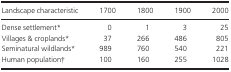
<table><thead><tr><td><b>Landscape characteristic</b></td><td><b>1700</b></td><td><b>1800</b></td><td><b>1900</b></td><td><b>2000</b></td></tr></thead><tbody><tr><td>Dense settlement*</td><td>0</td><td>1</td><td>3</td><td>25</td></tr><tr><td>Villages &amp; croplands*</td><td>37</td><td>266</td><td>486</td><td>805</td></tr><tr><td>Seminatural wildlands*</td><td>989</td><td>760</td><td>540</td><td>221</td></tr><tr><td>Human population†</td><td>100</td><td>160</td><td>255</td><td>1028</td></tr></tbody></table>